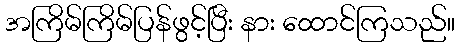
အကြိမ်ကြိမ်ပြန်ဖွင့်ပြီး နား ထောင်ကြသည်။